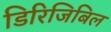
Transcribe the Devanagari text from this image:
डिरिजिबिल